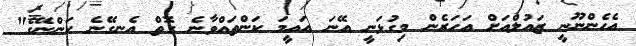
އެހެންނޫނީ ޒައުލްއަށް އަހަރެން މިގުޅަނީ އޭނަ އައީމަ ކަންތައްވާނެ ގޮތް އެނގޭނެ ކަންނޭގެ"